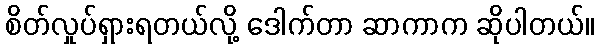
စိတ်လှုပ်ရှားရတယ်လို့ ဒေါက်တာ ဆာကာက ဆိုပါတယ်။